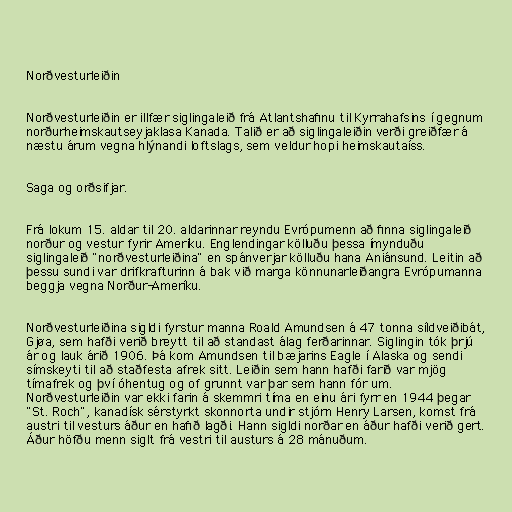
Norðvesturleiðin

Norðvesturleiðin er illfær siglingaleið frá Atlantshafinu til Kyrrahafsins í gegnum
norðurheimskautseyjaklasa Kanada. Talið er að siglingaleiðin verði greiðfær á
næstu árum vegna hlýnandi loftslags, sem veldur hopi heimskautaíss.

Saga og orðsifjar.

Frá lokum 15. aldar til 20. aldarinnar reyndu Evrópumenn að finna siglingaleið
norður og vestur fyrir Ameríku. Englendingar kölluðu þessa ímynduðu
siglingaleið "norðvesturleiðina" en spánverjar kölluðu hana Aniánsund. Leitin að
þessu sundi var drifkrafturinn á bak við marga könnunarleiðangra Evrópumanna
beggja vegna Norður-Ameríku.

Norðvesturleiðina sigldi fyrstur manna Roald Amundsen á 47 tonna síldveiðibát,
Gjøa, sem hafði verið breytt til að standast álag ferðarinnar. Siglingin tók þrjú
ár og lauk árið 1906. Þá kom Amundsen til bæjarins Eagle í Alaska og sendi
símskeyti til að staðfesta afrek sitt. Leiðin sem hann hafði farið var mjög
tímafrek og því óhentug og of grunnt var þar sem hann fór um.
Norðvesturleiðin var ekki farin á skemmri tíma en einu ári fyrr en 1944 þegar
"St. Roch", kanadísk sérstyrkt skonnorta undir stjórn Henry Larsen, komst frá
austri til vesturs áður en hafið lagði. Hann sigldi norðar en áður hafði verið gert.
Áður höfðu menn siglt frá vestri til austurs á 28 mánuðum.